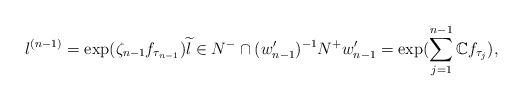
\begin{align*}l^{(n-1)}=\exp(\zeta_{n-1}f_{\tau_{n-1}})\widetilde l \in N^-\cap(w_{n-1}')^{-1}N^+w_{n-1}'=\exp(\sum_{j=1}^{n-1}\mathbb Cf_{\tau_j}),\end{align*}